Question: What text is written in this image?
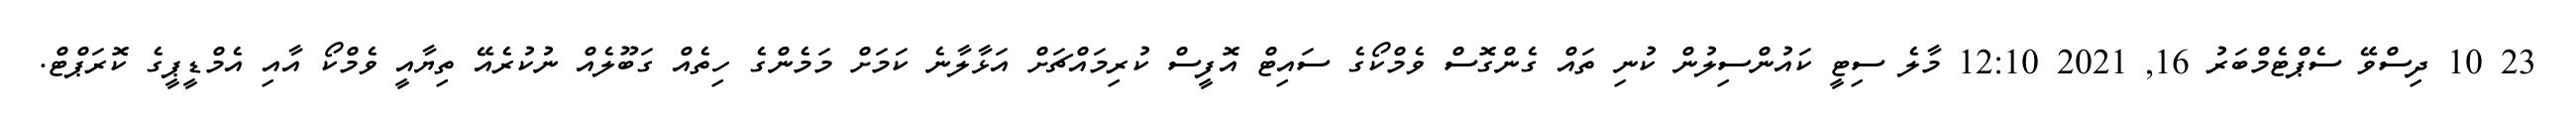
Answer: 23 10 ދިސްވޭ ސެޕްޓެމްބަރު 16, 2021 12:10 މާލެ ސިޓީ ކައުންސިލުން ކުނި ތައް ގެންގޮސް ވެމްކޯގެ ސައިޓް އޮފީސް ކުރިމައްޗަށް އަޅާލާނެ ކަމަށް މަމެންގެ ހިތެއް ގަބޫލެއް ނުކުރެއޭ ތިޔާއީ ވެމްކޯ އާއި އެމްޑީޕީގެ ކޮރަޕްޓް.